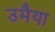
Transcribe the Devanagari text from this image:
उमैया